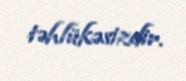
təhlükəsizdir.